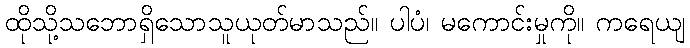
ထိုသို့သဘောရှိသောသူယုတ်မာသည်။ ပါပံ၊ မကောင်းမှုကို။ ကရေယျ